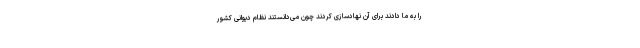
را به ما دادند برای آن نهادسازی کردند چون می‌دانستند نظام دیوانی کشور